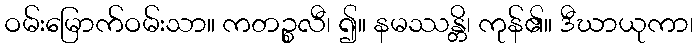
ဝမ်းမြောက်ဝမ်းသာ။ ကတဉ္စလီ၊ ၍။ နမဿန္တိ၊ ကုန်၏။ ဒီဃာယုကာ၊